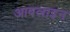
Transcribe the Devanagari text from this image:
आबलाइन